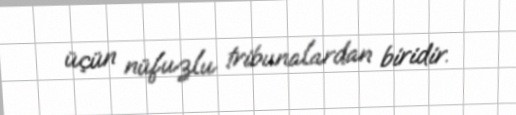
üçün nüfuzlu tribunalardan biridir.